Indian journal of veterinary science and animal husbandry - Volumes 22-23, 1952-1953
Year: 1952
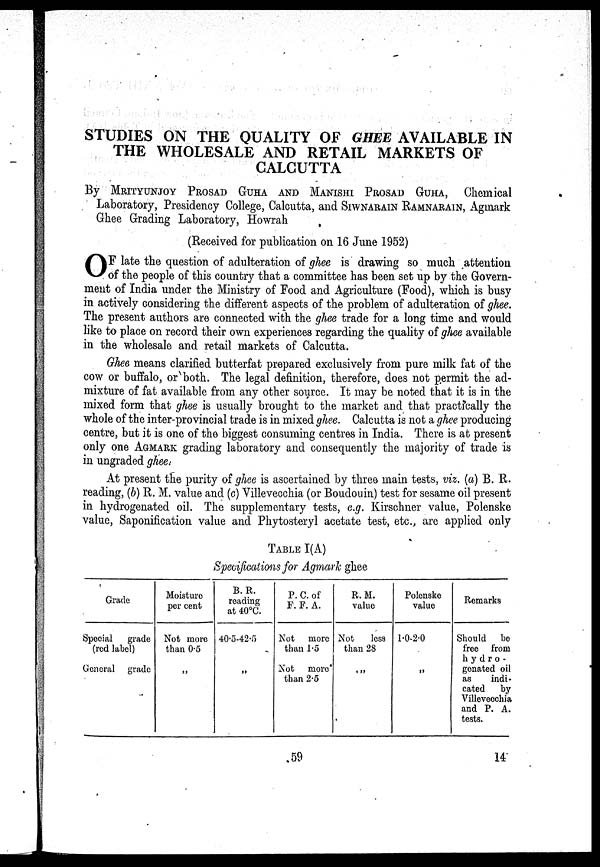
STUDIES ON THE QUALITY OF GHEE AVAILABLE IN
THE WHOLESALE AND RETAIL MARKETS OF
CALCUTTA
By MRITYUNJOY PROSAD GUHA AND MANISHI PROSAD GUHA, Chemical
Laboratory, Presidency College, Calcutta, and SIWNARAIN RAMNARAIN, Agmark
Ghee Grading Laboratory, Howrah
(Received for publication on 16 June 1952)
O F late the question of adulteration of ghee is drawing so much attention
of the people of this country that a committee has been set up by the Govern-
ment of India under the Ministry of Food and Agriculture (Food), which is busy
in actively considering the different aspects of the problem of adulteration of ghee.
The present authors are connected with the ghee trade for a long time and would
like to place on record their own experiences regarding the quality of ghee available
in the wholesale and retail markets of Calcutta.
Ghee means clarified butterfat prepared exclusively from pure milk fat of the
cow or buffalo, or both. The legal definition, therefore, does not permit the ad-
mixture of fat available from any other source. It may be noted that it is in the
mixed form that ghee is usually brought to the market and that practically the
whole of the inter-provincial trade is in mixed ghee. Calcutta is not a ghee producing
centre, but it is one of the biggest consuming centres in India. There is at present
only one AGMARK grading laboratory and consequently the majority of trade is
in ungraded ghee.
At present the purity of ghee is ascertained by three main tests, viz. (a) B. R.
reading, (b) R. M. value and (c) Villevecchia (or Boudouin) test for sesame oil present
in hydrogenated oil. The supplementary tests, e.g. Kirschner value, Polenske
value, Saponification value and Phytosteryl acetate test, etc., are applied only
TABLE I(A)
Specifications for Agmark ghee
Grade
Special
grade
(red label)
General grade
Moisture
per cent
Not more
than 0.5
„
B. R.
reading
at 40°C.
40.5-42.f)
„
P. C. of
F. F. A.
Not more
than 1.5
Not more
than 2.5
R. M.
value
Not
less
than 28
„
Polenske
value
1.0-2.0
„
Remarks
Should be
free from
hydro¬
genated oil
as
indi-
cated
by
Villevecchia
and P. A.
tests.
59
14